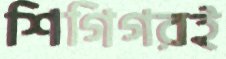
শিগিগরই